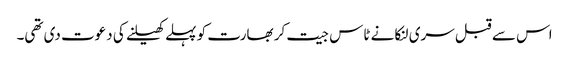
اس سے قبل سری لنکا نے ٹاس جیت کر بھارت کو پہلے کھیلنے کی دعوت دی تھی۔